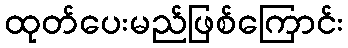
ထုတ်ပေးမည်ဖြစ်ကြောင်း